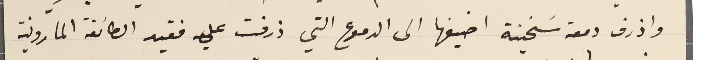
واذرف دمعة سَخينة اضيفها الى الدموع التي ذرفت علي فقيد الطائفة المارونية